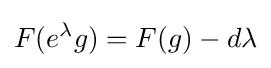
F(e^{\lambda }g)=F(g)-d\lambda